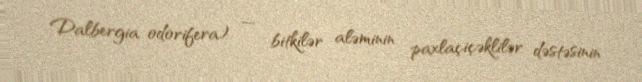
Dalbergia odorifera) — bitkilər aləminin paxlaçiçəklilər dəstəsinin